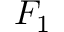
F _ { 1 }